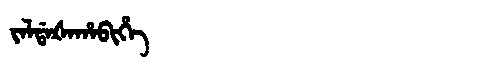
Manchu: ᠵᠠᠯᡩᠠᡧᠠᡥᠠᠪᡳᡥᡝ
Romanization: JALDAŠAHABIHE